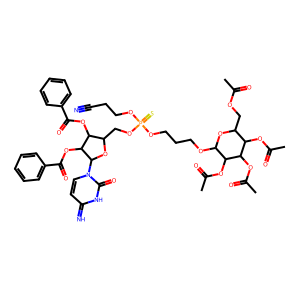
SMILES: CC(=O)OCC1OC(OCCCOP(=S)(OCCC#N)OCC2OC(n3ccc(=N)[nH]c3=O)C(OC(=O)c3ccccc3)C2OC(=O)c2ccccc2)C(OC(C)=O)C(OC(C)=O)C1OC(C)=O
Inhibits HIV replication: No